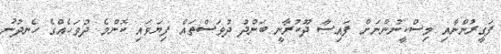
ފަގީރުންނާއި މިސްކީނުންނަށް ފައިސާ ދޫކުރާނީ ބަންދު ދުވަސްތައް ފިޔަވައި ކޮންމެ ދުވަހެއްގެ ހެނދުނު